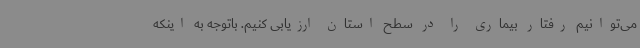
می‌توانیم رفتار بیماری را در سطح استان ارزیابی کنیم. باتوجه به اینکه